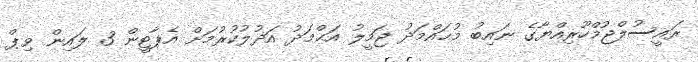
ރައީސުލްޖުމްހޫރިއްޔާގެ ނައިބު މުޙައްމަދު ޖަމީލު އަޙްމަދު އަޛުލުކުރުމަށް އެޕާޓީން 3 ލައިން ވިޕް